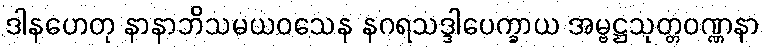
ဒါနဟေတု နာနာဘိသမယဝသေန နဂရသဒ္ဒါပေက္ခာယ အမ္ဗဋ္ဌသုတ္တဝဏ္ဏနာ